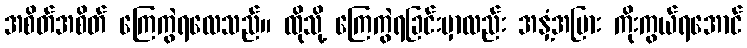
အစိတ်အစိတ် ကြေကွဲရလေသည်။ ထိုသို့ ကြေကွဲရခြင်းမှာလည်း အနှံ့အပြား ကိုးကွယ်ရအောင်